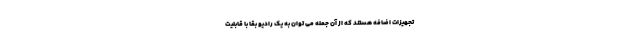
تجهیزات اضافه هستند که از آن جمله می توان به یک رادیو بقا با قابلیت